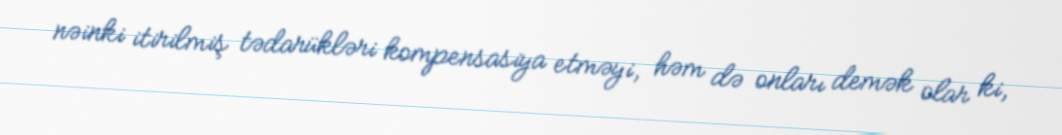
nəinki itirilmiş tədarükləri kompensasiya etməyi, həm də onları demək olar ki,